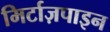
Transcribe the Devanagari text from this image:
मिर्टाज़पाइन